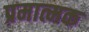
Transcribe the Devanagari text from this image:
प्रमात्मक